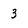
Character: 3